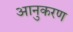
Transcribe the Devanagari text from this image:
आनुकरण